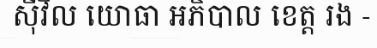
ស៊ីវិល យោធា អភិបាល ខេត្ត រង -